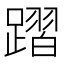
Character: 𨄌